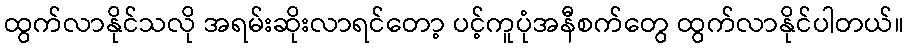
ထွက်လာနိုင်သလို အရမ်းဆိုးလာရင်တော့ ပင့်ကူပုံအနီစက်တွေ ထွက်လာနိုင်ပါတယ်။